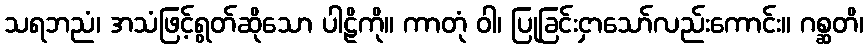
သရဘညံ၊ အသံဖြင့်ရွတ်ဆိုသော ပါဠိကို။ ကာတုံ ဝါ၊ ပြုခြင်းငှာသော်လည်းကောင်း။ ဂစ္ဆတိ၊